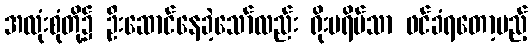
အလုံးစုံတို့၌ ဦးဆောင်နေခဲ့သော်လည်း ရိုးမရိပ်သာ ဖင်ခံရတော့မည့်